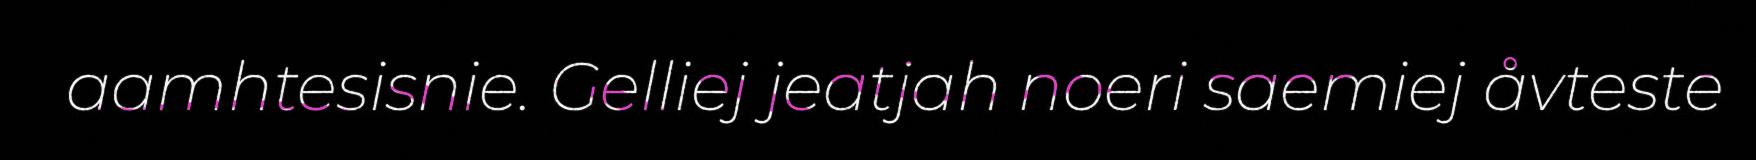
aamhtesisnie. Gelliej jeatjah noeri saemiej åvteste